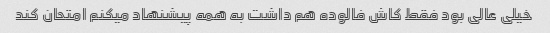
خیلی عالی بود فقط کاش فالوده هم داشت به همه پیشنهاد میکنم امتحان کند